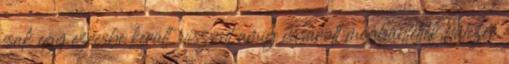
csak egy ezresbe került, viszont amíg vásárolt megbüntették hatezer